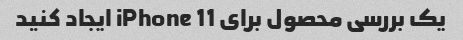
یک بررسی محصول برای iPhone 11 ایجاد کنید